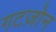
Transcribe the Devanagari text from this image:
गटज़ोन